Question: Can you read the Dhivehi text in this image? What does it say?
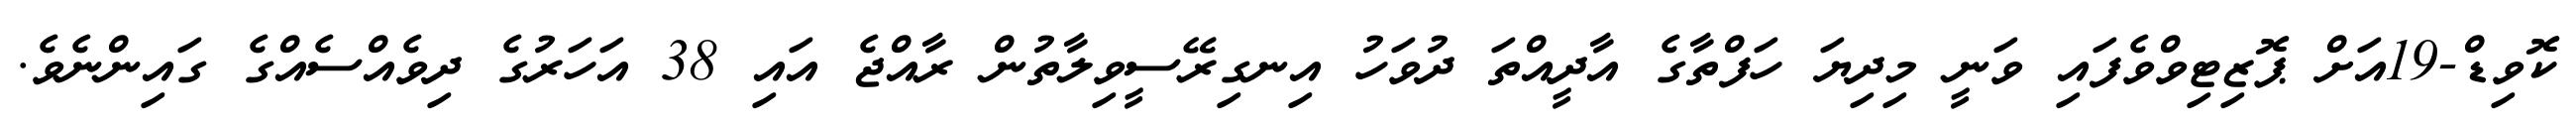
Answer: ކޮވިޑް-19އަށް ޕޮޒިޓިވްވެފައި ވަނީ މިދިޔަ ހަފްތާގެ އާދީއްތަ ދުވަހު އިނގިރޭސީވިލާތުން ރާއްޖެ އައި 38 އަހަރުގެ ދިވެއްސެއްގެ ގައިންނެވެ.